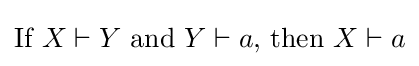
{\mbox{If }}X\vdash Y{\mbox{ and }}Y\vdash a{\mbox{, then }}X\vdash a